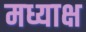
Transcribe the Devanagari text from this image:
मध्याक्ष